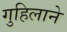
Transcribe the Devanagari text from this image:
गुहिलाने